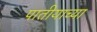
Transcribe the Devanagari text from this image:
पातीयाच्या